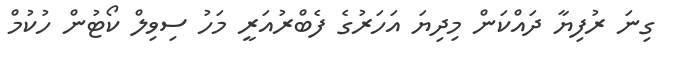
ގިނަ ރުފިޔާ ދައްކަން މިދިޔަ އަހަރުގެ ފެބްރުއަރީ މަހު ސިވިލް ކޯޓުން ހުކުމް